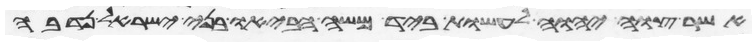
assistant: אשר צוה יהוה לעשות ביד משה הביאו בני ישראל נדבה